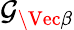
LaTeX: \mathcal{G_{\Vec{\beta}}}